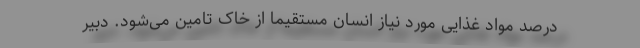
درصد مواد غذایی مورد نیاز انسان مستقیما از خاک تامین می‌شود. دبیر